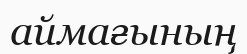
аймағының